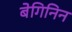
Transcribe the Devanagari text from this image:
बेगिनिन